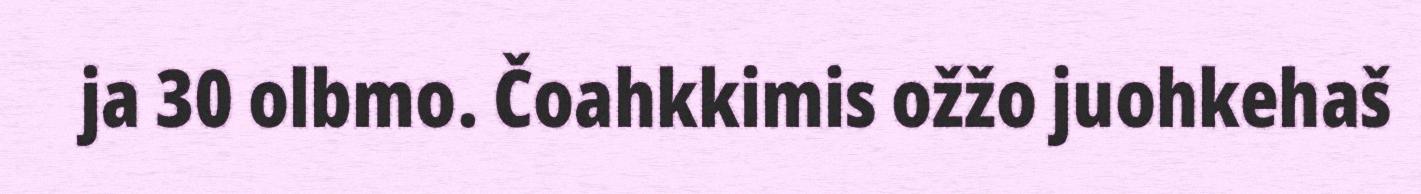
ja 30 olbmo. Čoahkkimis ožžo juohkehaš